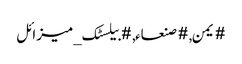
#یمن, #صنعاء, #بیلسٹک_میزائل